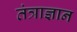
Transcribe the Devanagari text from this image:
तंत्राज्ञान